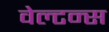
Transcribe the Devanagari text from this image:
वेल्टन्स